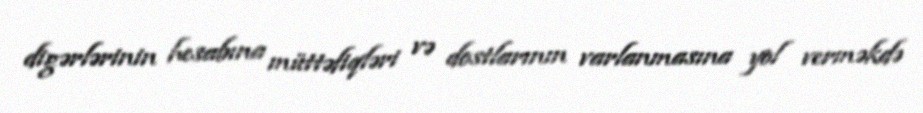
digərlərinin hesabına müttəfiqləri və dostlarının varlanmasına yol verməkdə